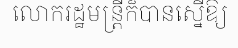
លោករដ្ឋមន្ត្រីក៏បានស្នើឱ្យ